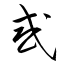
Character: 惑